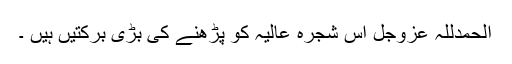
اَلْحَمْدُلِلّٰہِ عَزَّوَجَلَّ اس شجرہ عالیہ کو پڑھنے کی بڑی برکتیں ہیں ۔